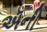
ઍની